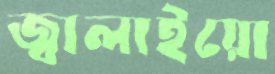
জ্বালাইয়ো